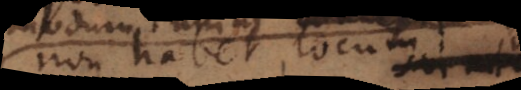
non habet locum